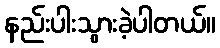
နည်းပါးသွားခဲ့ပါတယ်။